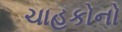
ચાહકોનો